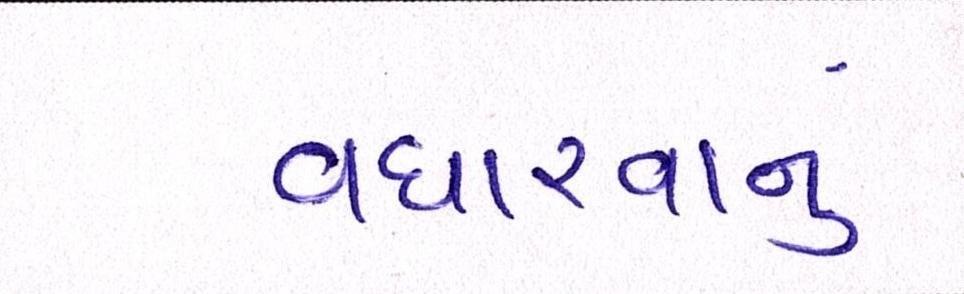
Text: વધારવાનું